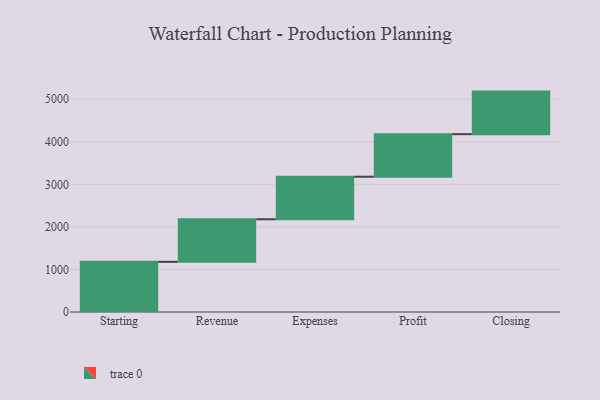
{"axis": {"x": "Step", "y": "Value"}, "legend": [""], "data": [{"x": "Starting", "y": 1179.0, "type": ""}, {"x": "Revenue", "y": 1000, "type": ""}, {"x": "Expenses", "y": 1000, "type": ""}, {"x": "Profit", "y": 1000, "type": ""}, {"x": "Closing", "y": 1000, "type": ""}]}